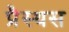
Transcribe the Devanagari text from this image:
प्रैस्थस